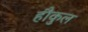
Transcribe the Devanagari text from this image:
हौकुल